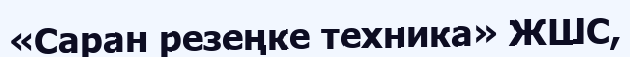
«Саран резеңке техника» ЖШС,